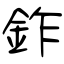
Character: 鈼